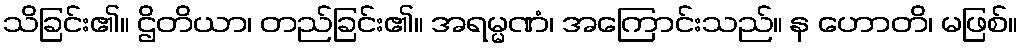
သိခြင်း၏။ ဌိတိယာ၊ တည်ခြင်း၏။ အရမ္မဏံ၊ အကြောင်းသည်။ န ဟောတိ၊ မဖြစ်။